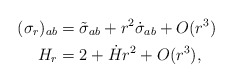
\begin{align*}(\sigma_r)_{ab} &= \tilde\sigma_{ab} + r^2 \dot{\sigma}_{ab} + O(r^3)\\H_r &= 2 + \dot{H} r^2 + O(r^3),\end{align*}